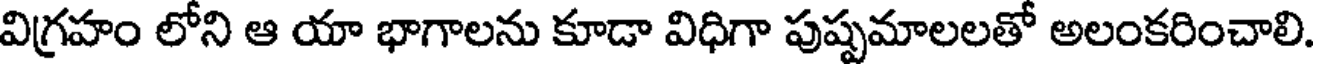
విగ్రహం లోని ఆ యా భాగాలను కూడా విధిగా పుష్పమాలలతో అలంకరించాలి.